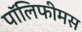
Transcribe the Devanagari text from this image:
पॉलिफीमस